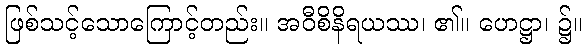
ဖြစ်သင့်သောကြောင့်တည်း။ အဝီစိနိရယဿ၊ ၏။ ဟေဋ္ဌာ၊ ၌။